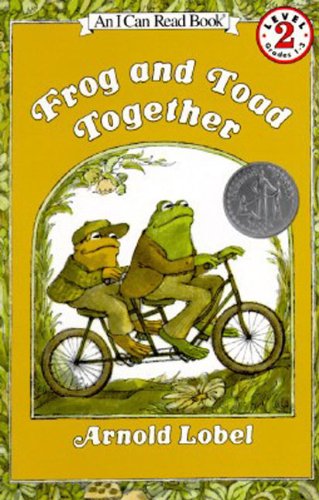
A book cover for Frog and Toad Together (I Can Read Level 2); Arnold Lobel; Children's Books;